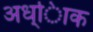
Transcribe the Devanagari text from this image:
अध्ािक